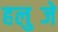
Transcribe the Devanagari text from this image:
हलुब्जे